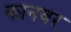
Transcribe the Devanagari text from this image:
कानवर